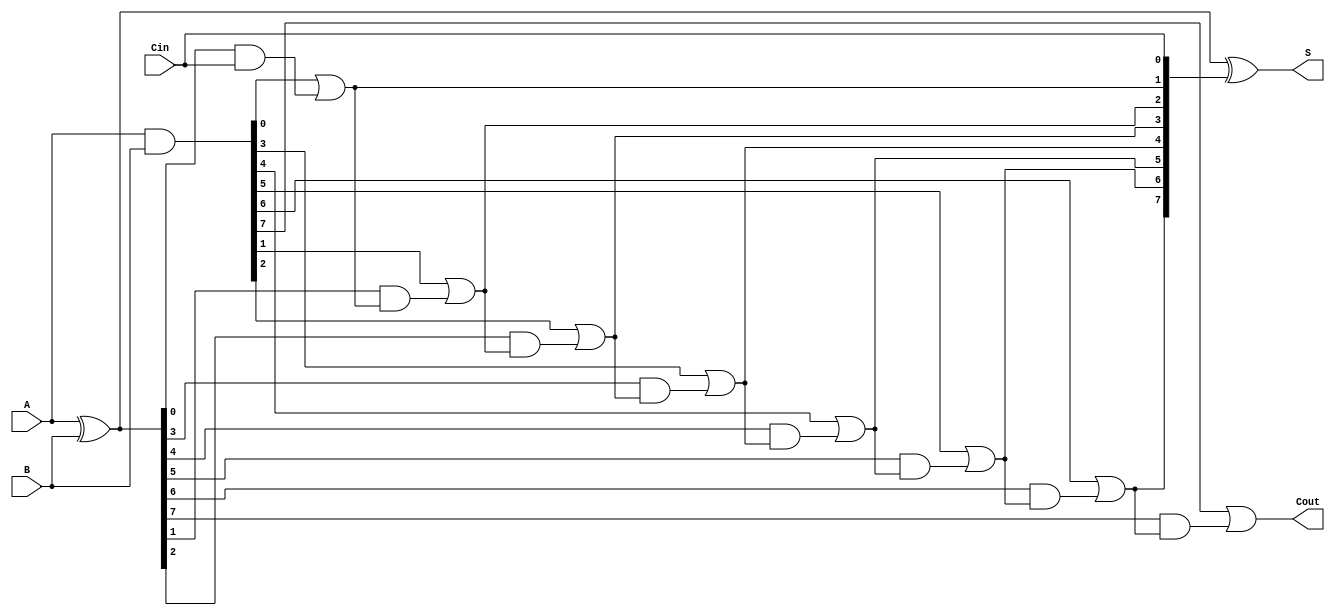
module SklanskyAdder #(parameter n = 8) (
    input [n-1:0] A,
    input [n-1:0] B,
    input Cin,
    output [n-1:0] S,
    output Cout
);
    wire [n-1:0] G; // Generate signals
    wire [n-1:0] P; // Propagate signals
    wire [n:0] C;   // Carry signals

    // Generate and Propagate calculations
    assign G = A & B;          // G[i] = A[i] & B[i]
    assign P = A ^ B;          // P[i] = A[i] ^ B[i]

    // Carry signals calculations
    assign C[0] = Cin;         // Initial carry
    genvar i;
    generate
        for (i = 0; i < n; i = i + 1) begin : carry_gen
            if (i == 0) begin
                assign C[i + 1] = G[i] | (P[i] & C[0]);
            end else begin
                assign C[i + 1] = G[i] | (P[i] & C[i]);
            end
        end
    endgenerate

    // Sum calculation
    assign S = P ^ C[n-1:0]; // S[i] = P[i] ^ C[i]

    // Final carry out
    assign Cout = C[n];

endmodule